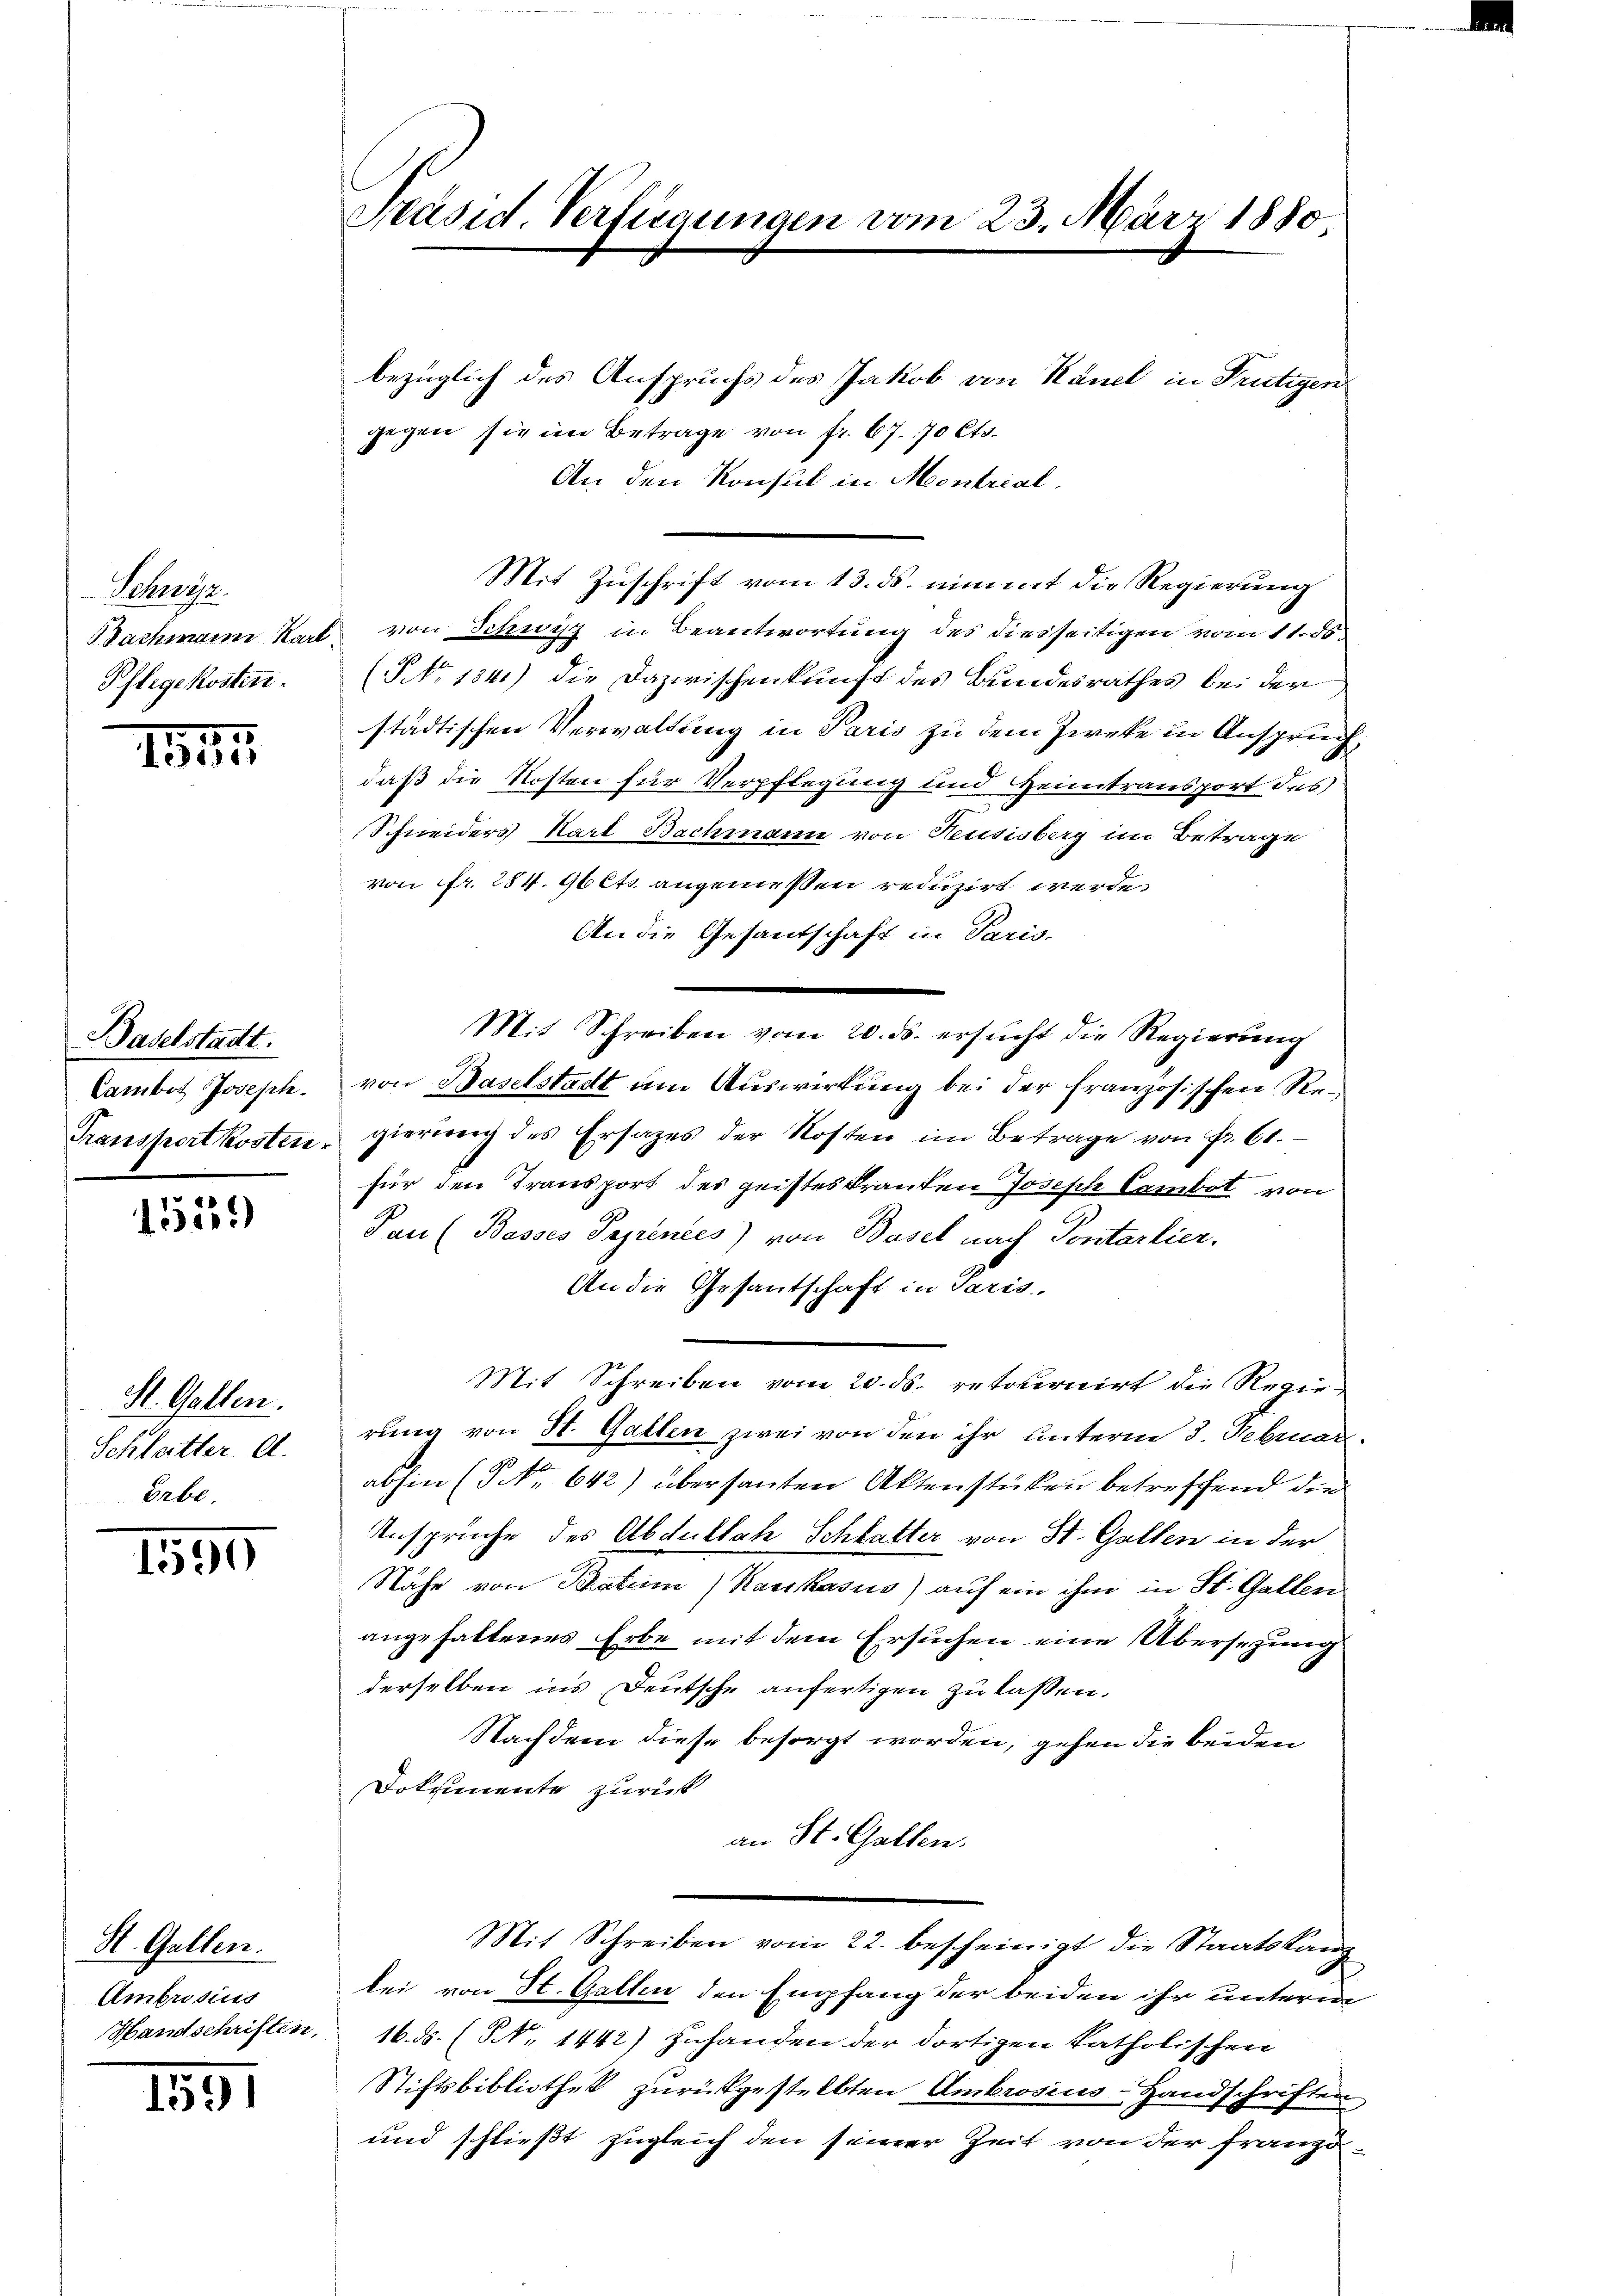
Sehnen.
Bachmann Karl
Pflegekosten.

152

Baselstadt.
Cambot Joseph.
Transportkosten

15539)

St. Gallen.
Schlatter A.
Erbe.

1590

St. Gallen.
Ambrosius
Handschriften.

159

Präsid. Verfügungen vom 23. März 1880

bezüglich des Anspruchs des Jakob von Känel in Frutigen
gegen sie im Betrage von fr. 67. 70 Cts.
An den Konsul in Montrial,
Mit Zuschrift vom 13. ds. nimmt die Regierung
von Schwyz in Beantwortung des diesseitigen vom 11. ds.
(NNo. 134.) die Dazwischenkunft des Bundesrathes bei der
städtischen Verwaltung in Paris zu dem Zweke in Anspruch,
daß die Kosten für Verpflegung und Heimtransport des
Schneiders Karl Bachmann von Neusisberg im Betrage
von fr. 284. 9bets. angemeßen reduzirt werde.
An die Gesantschaft in Paris,
Mit Schreiben vom 20. ds. ersŭcht die Regierung
von Baselstadt am Auswirkung bei der französischen Regierung des Ersatzes der Kosten im Betrage von Fr. 61.
für den Transport des geisteskranken Joseph Cambot von
Pan (Basses Paprinces) von Basel nach Pontarlier,
An die Gesantschaft in Paris.
Mit Schreiben vom 20. ds. retournirt die Regie-
rung von St. Gatten zwei von den ihr unterm 3. Februar
abhin (No 642) übersanten Aktenstücken betreffend die
Ansprüche des Abdullach Schlatter von St. Gallen in der
Nähe von Batum (Karikasus) auf ein ihm in St. Gallen
angehaltenes Erbe mit dem Ersuchen eine Übersezung
derselben ins Deutsche anfertigen zu lassen.
Nachdem diese besorgt worden, gehen die beiden
Dokumente zurück
an St. Gallen.
Mit Schreiben vom 22. bescheinigt die Staatskanz
bei von St. Gallen den Empfang der beiden ihr unterm
16. ds. (N. 1442) Zuhanden der dortigen katholischen
Stiftsbibliothek zurückgestellten Ambrosius Handschriften,
und schließt zugleich den seiner Zeit von der Franzö¬